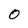
Character: 0